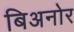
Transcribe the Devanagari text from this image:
बिअनोर